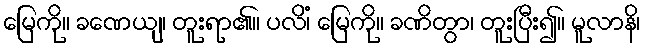
မြေကို။ ခဏေယျ၊ တူးရာ၏။ ပလိံ၊ မြေကို။ ခဏိတွာ၊ တူးပြီး၍။ မူလာနိ၊